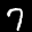
Label: 7